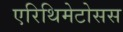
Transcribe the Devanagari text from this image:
एरिथिमेटोसस